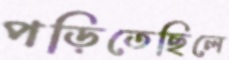
পড়িতেছিলে